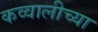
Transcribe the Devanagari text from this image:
कव्वालीच्या